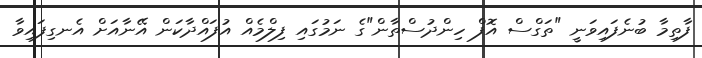
ފާތިމާ ބުނެފައިވަނީ "ތަގްސް އޮފް ހިންދުސްތާން"ގެ ނަމުގައި ފިލްމެއް އުފައްދާކަން އޭނާއަށް އެނގިފައިވާ